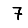
Digit: 7